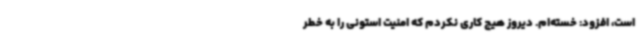
است، افزود: خسته‌ام. دیروز هیچ کاری نکردم که امنیت استونی را به خطر